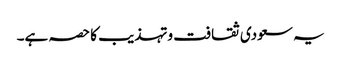
یہ سعودی ثقافت وتہذیب کا حصہ ہے۔